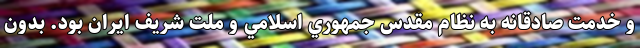
و خدمت صادقانه به نظام مقدس جمهوري اسلامي و ملت شريف ايران بود. بدون